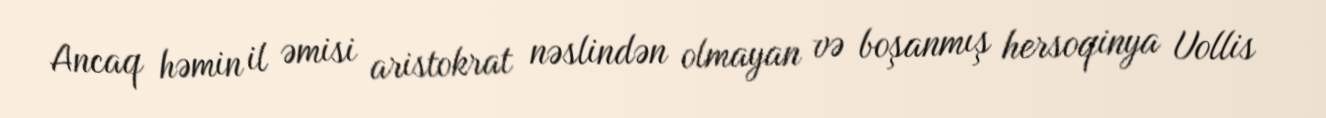
Ancaq həmin il əmisi aristokrat nəslindən olmayan və boşanmış hersoqinya Uollis